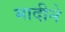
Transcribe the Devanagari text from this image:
मादीने